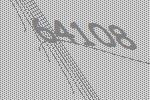
64108